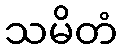
သမိတံ